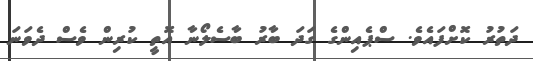
ދަތުރު ކޮށްފައެވެ. ސްޕެއިންގެ ގަދަ ބާރު ބާސެލޯނާ އޮތީ ކުރިން ވެސް ދެވަނަ